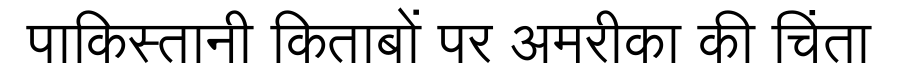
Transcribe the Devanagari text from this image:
पाकिस्तानी किताबों पर अमरीका की चिंता